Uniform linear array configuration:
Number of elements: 24
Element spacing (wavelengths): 1
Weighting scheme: binomial
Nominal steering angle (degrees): -15
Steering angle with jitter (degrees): -14.139
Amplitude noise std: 0.05
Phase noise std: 0.05

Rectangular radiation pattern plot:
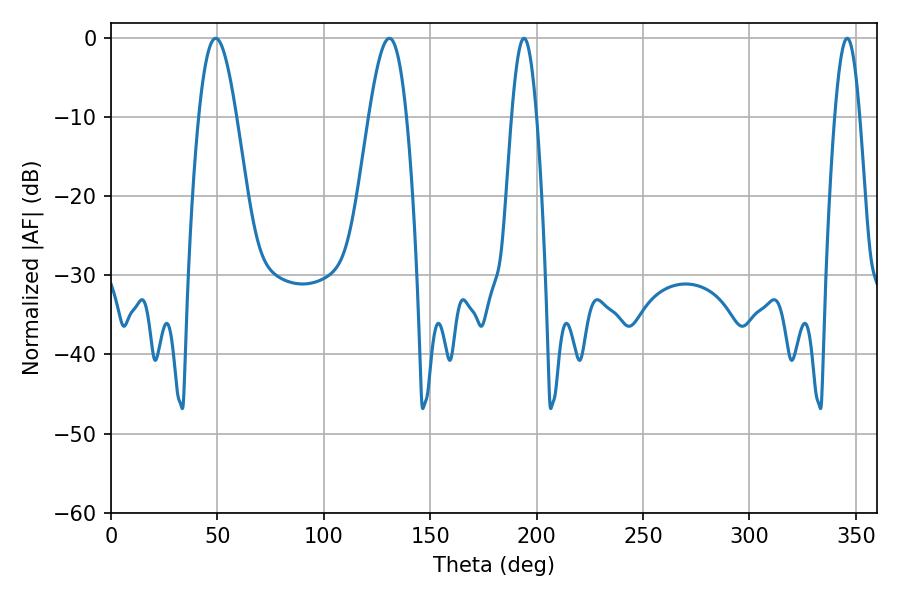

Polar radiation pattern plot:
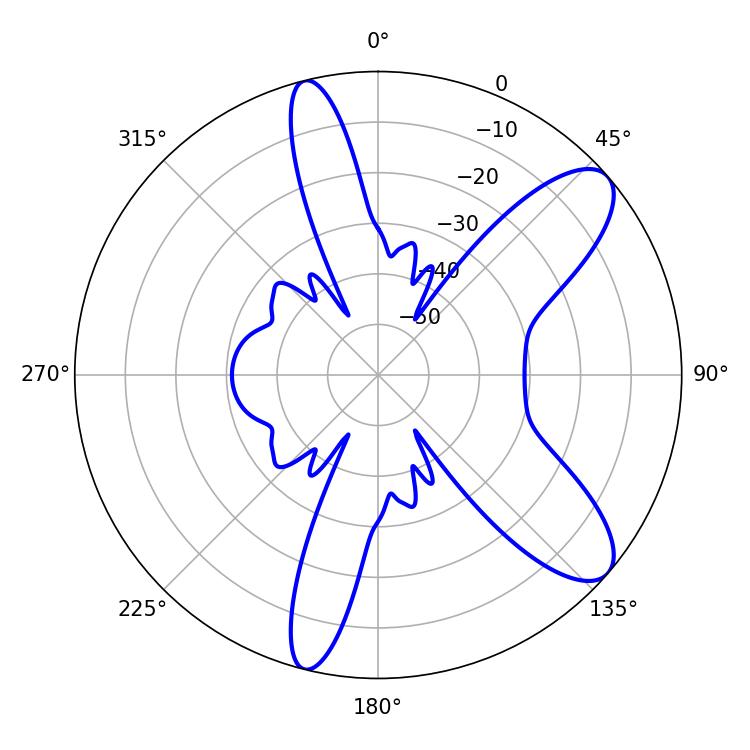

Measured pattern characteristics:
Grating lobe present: TRUE
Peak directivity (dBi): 9.61
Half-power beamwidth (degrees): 6.3
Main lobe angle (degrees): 194.04